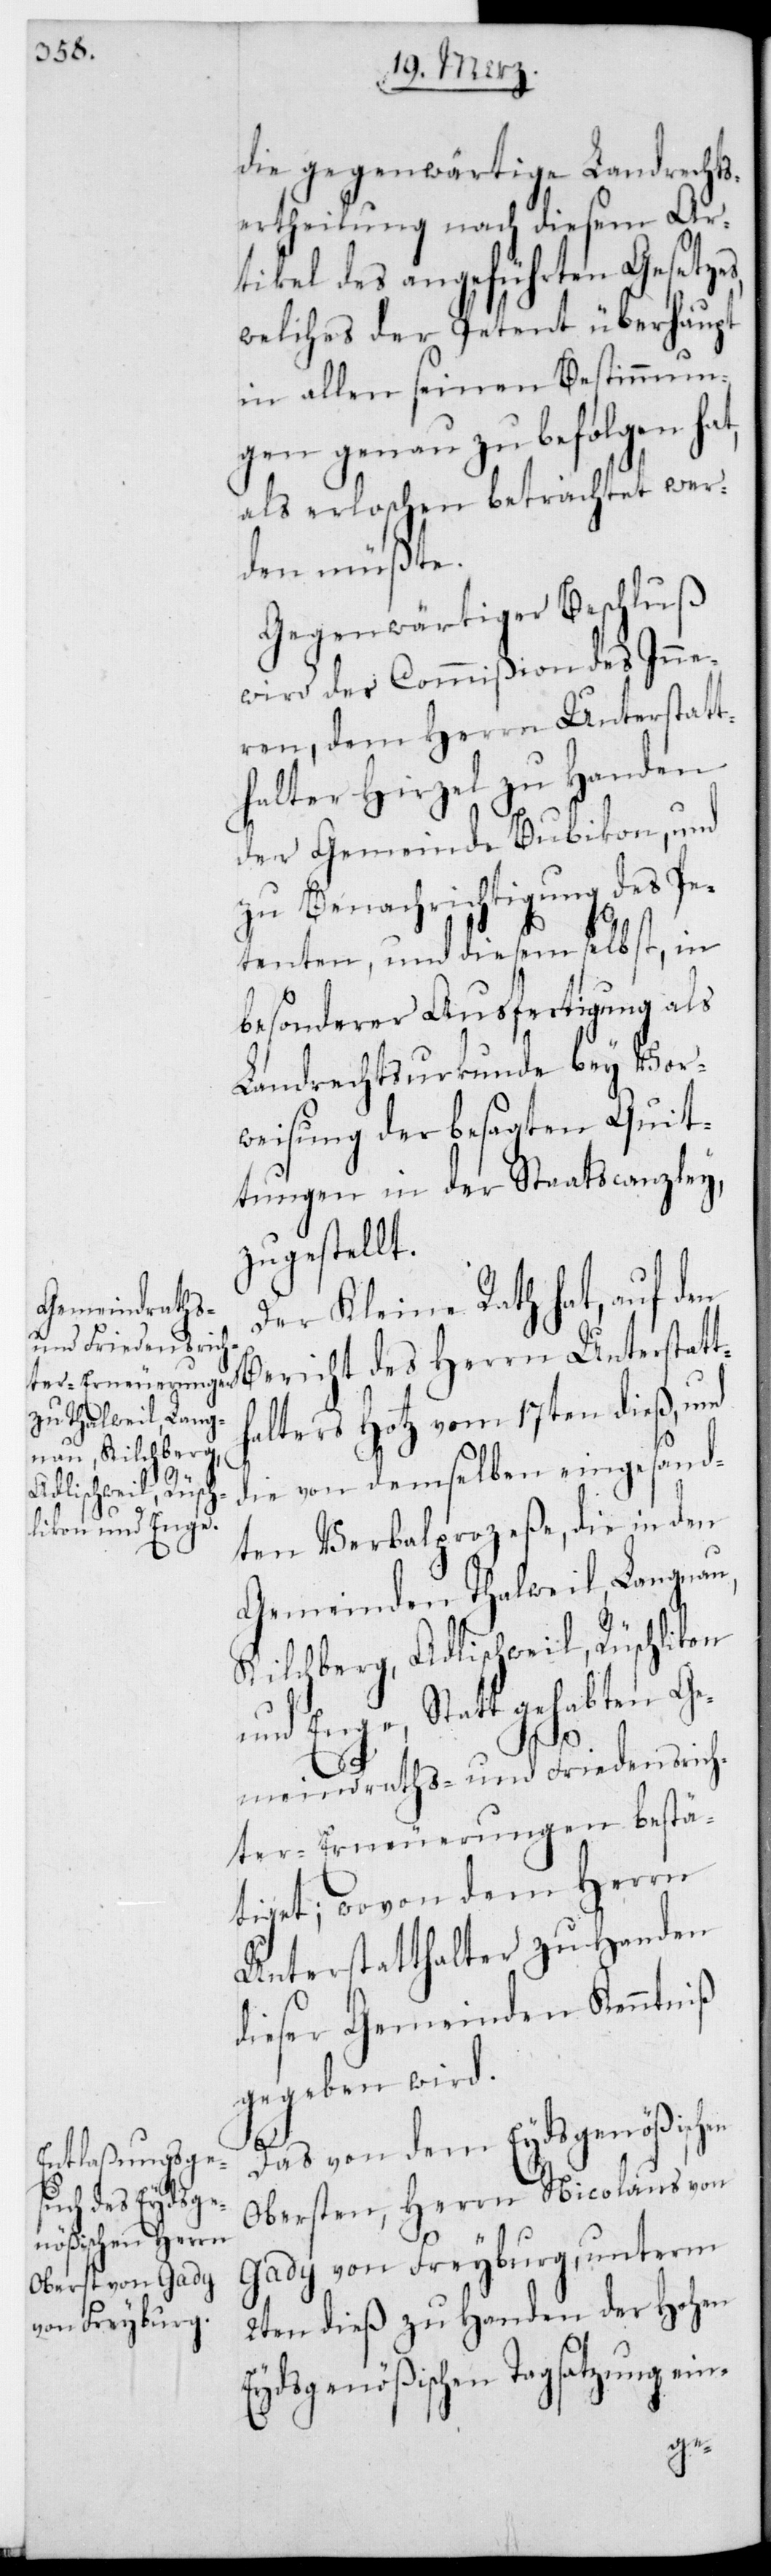
die gegenwärtige Landrechts¬
ertheilung nach diesem Ar¬
tikel des angeführten Gesetzes,
welches der Petent überhaupt
in allen seinen Bestimmun¬
gen genau zu befolgen hat,
als erloschen betrachtet wer¬
den müßte.
Gegenwärtiger Beschluß
wird der Commißion des Inne¬
Bericht des Herrn Unterstatth¬
halter Hirzel zu Handen
der Gemeinde Bubikon, und
zu Benachrichtigung des Pe¬
tenten, und diesem selbst, in
besonderer Ausfertigung als
Landrechtsurkunde bey Vor¬
weisung der besagten Quit¬
tungen in der Staatscanzley
zugestellt.
Der Kleine Rath hat, auf den
alters Hotz vom 17ten dieß, und
die von demselben eingesand¬
ten Verbalprozeße, die in den
Gemeinden Thalweil, Langnau,
Kilchberg, Adlischweil, Rüschlikon
und Enge Statt gehabten Ge¬
meindraths- und Friedensrich¬
ter-Erneuerungen bestä¬
tiget; wovon dem Herrn
Unterstatthalter zu Handen
dieser Gemeinden Kenntniß
gegeben wird.
Das von dem Eydsgenößischen
Obersten, Herrn Nicolaus von
Gady von Freyburg, unterm
2ten dieß zu Handen der Hohen
Eydsgenößischen Tagsatzung ein-